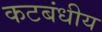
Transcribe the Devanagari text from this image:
कटबंधीय